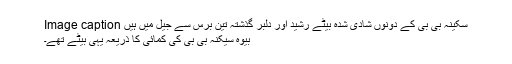
Image caption سکینہ بی بی کے دونوں شادی شدہ بیٹے رشید اور دلبر گذشتہ تین برس سے جیل میں ہیں
بیوہ سیکنہ بی بی کی کمائی کا ذریعہ یہی بیٹے تھے۔